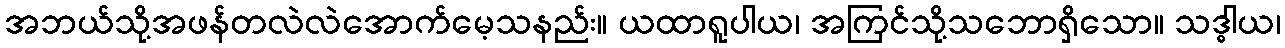
အဘယ်သို့အဖန်တလဲလဲအောက်မေ့သနည်း။ ယထာရူပါယ၊ အကြင်သို့သဘောရှိသော။ သဒ္ဓါယ၊